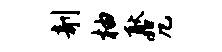
剞柚耿咒